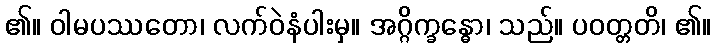
၏။ ဝါမပဿတော၊ လက်ဝဲနံပါးမှ။ အဂ္ဂိက္ခန္ဓော၊ သည်။ ပဝတ္တတိ၊ ၏။